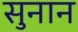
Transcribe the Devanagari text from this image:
सुनान